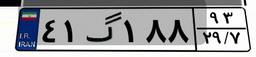
۴۱گ۱۸۸۹۳